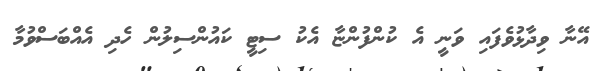
އޭނާ ވިދާޅުވެފައި ވަނީ އެ ކުންފުންޏާ އެކު ސިޓީ ކައުންސިލުން ހެދި އެއްބަސްވުމާ